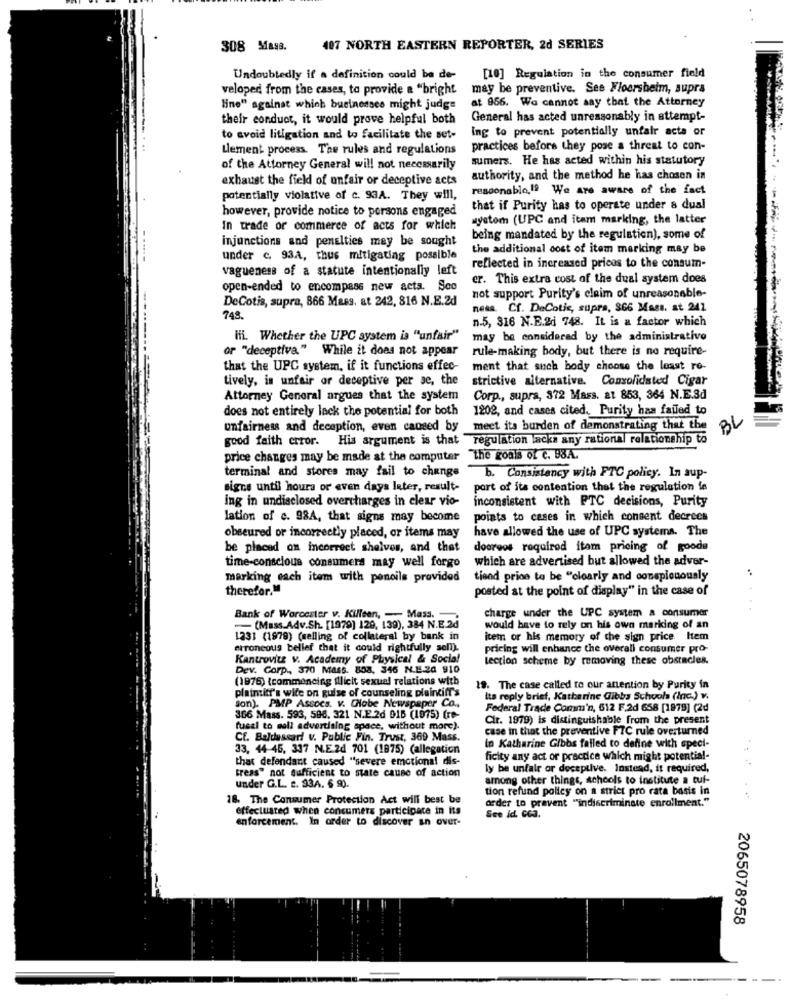
308 Maga.
407 NORTH EASTERN REPORTER, 2d SERIES
Undoubtedly if a definition could ba de-
[10] Regulation in the consumer field
veloped from the cases, to provide a "bright
may be preventive. See Floorshelm, supra
at 956. We cannot say that the Attorney
line" against which businesses might judge
their conduct, it would prove helpful both
General has acted unreasonably in attempt-
Ing to prevent potentially unfair acta or
to avoid litigation and to facilitate the set-
Llement process. The rules and regulations
practices before they pose a threat to con-
sumers. He has acted within his statutory
of the Attorney General will not necessarily
exhaust the field of unfair or deceptive acts
authority, and the method he has chosen in
responablo,If We are aware of the fact
potentially violative of c. 93A. They will,
however, provide notice to persons engaged
that if Purity has to operate under a dual
wystom (UPC and itam marking, the latter
In trade or commerce of acts for which
injunctions and penalties may be sought
being mandated by the regulation), some of
the additional oost of item merking may be
under c. 93A, thus mitigating possible
vagueness of a statute intentionally left
reflected in increased pricos to the consum-
er. This extra cost of the dual system does
open-ended to encompass new acts. Soo
DeCotis, supra, 866 Mass. at 242, 816 N.E.2d
not support Purity's claim of unreasonable-
ness. Cf. DaCotis, supra, 866 Mass. at 241
748.
n.5, 316 N.E.2d 748. It is a factor which
ifi. Whether the UPC system is "unfair"
may be considered by the administrativo
or "deceptiva" While it does not appear
rule-making body, but there is no require-
that the UPC system, if it functions effec-
ment that such body choose the least ro-
tively, is unfair or deceptive per se, the
strictive alternative. Consolidated Cigar
Attorney General argues that the system
Corp ., supra, 372 Mars. at 853, 364 N.E.S.
does not entirely lack the potential for both
1209, and cases cited. Purity has failed to
unfairness and deception, even caused by meet its burden of demonstrating that the
BL
good faith error. His argument is that regulation lacks any rational relationship to
price changes may be made at the computer "the goals of c. B3A.
terminal and stores may fail to change
b. Consistency with FTC policy. In sup-
signs until hours or even days later, result-
port of its contention that the regulation fe
ing in undisclosed overcharges in clear vio-
inconsistent with PTC decisions, Purity
lation of c. 98A, that signs may become
points to cases in which consent decrees
have allowed the use of UPC systems. The
obseured or incorrectly placed, or items may
be placed on incorrect shelves, and that
dooreos required itam pricing of goods
which are advertised but allowed the adver-
time-conscious consumers may well forgo
marking each item with pencils provided
tiand price to be "clearly and conspicuously
therefor."
posted at the point of display" in the case of
Bank of Worcester v. Killeen, - Mass.
charge under the UPC system a consumer
- (Mass.Adv.Sh. [1979] 129, 139), 384 N.E.2d
would have to rely on his own marking of an
1231 (1979) (selling of collateral by bank in
icem or his memory of the sign price. Item
erroneous bellet that it could rightfully sen).
pricing will enhance the overall consumer pro-
Kantrovitz v. Academy of Physical & Social
lection scheme by removing these obstacles.
Dev. Corp ., 370 Mass. 808, 346 N.E.20 910
(1976) {commencing illicit sexual relations with
platnitr's wide on guise of counseling plaintiff's
19. The case called to our anention by Purity in
its reply brief, Katharine Gibbs Schools (Inc.) v.
jon). PMP Assocs. v. CHobe Newspaper Co .,
Federal Trade Comm'n, 612 F.2d 658 [1979] (2d
366 Mass. 593, 596, 321 N.E.2d 916 (1975) (re-
Cir. 1979) is distinguishable from the present
fueel to soll advertising space, without more).
case in that the preventive FTC rule overturned
Cf. Baldassari V. Public Fin. Trust, 369 Mass.
33, 44 45, 337 N.E.2d 701 (1875) (allegation
In Katharine Gibbs failed to define with speci-
that defendant caused "severe emotional dis-
ficity any act or practice which might potential-
ly be unfair or deceptive. Instead, it required,
treas" not sufficient to mate cause of action
among other things, schools to institute a cui-
under G.L. 2. 93A. 6 9).
tion refund policy on a strict pro rata basis in
18. The Consumer Protection Act will best be
order to prevent ""indiscriminate enrollment."
.....
effectuated when consumers participate in its
enforcement. In order to discover an over-
See id. CC3.
2065078958
----